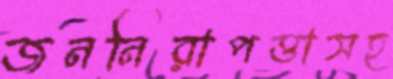
জননিরাপত্তাসহ